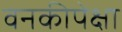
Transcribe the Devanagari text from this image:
वनकीपेक्षा